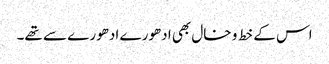
اس کے خط و خال بھی ادھورے ادھورے سے تھے۔